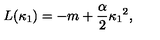
L ( \kappa _ { 1 } ) = - m + { \frac { \alpha } { 2 } } \kappa _ { 1 } { } ^ { 2 } ,